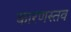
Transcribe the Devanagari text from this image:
कारणस्तव